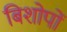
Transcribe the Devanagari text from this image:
बिशोपों